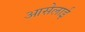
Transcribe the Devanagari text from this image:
आसेलाई